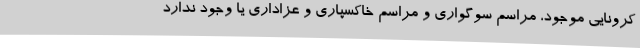
کرونایی موجود، مراسم سوگواری و مراسم خاکسپاری و عزاداری یا وجود ندارد